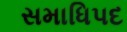
સમાધિપદ